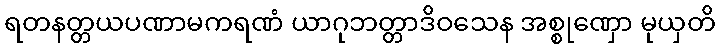
ရတနတ္တယပဏာမကရဏံ ယာဂုဘတ္တာဒိဝသေန အစ္စုဏှော မုယှတိ